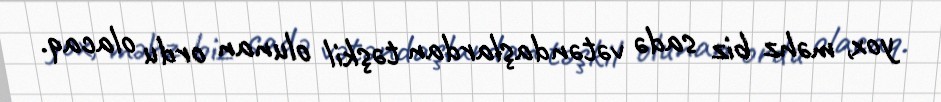
yox, məhz biz sadə vətəndaşlardan təşkil olunan ordu olacaq.